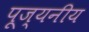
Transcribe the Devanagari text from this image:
पूज्‍यनीय